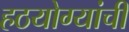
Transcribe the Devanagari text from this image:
हठयोग्यांची